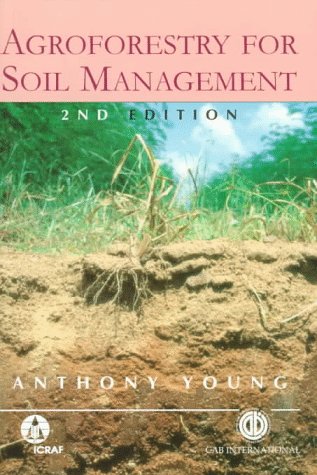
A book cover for Agroforestry for Soil Management (Cabi); Anthony Young; Crafts, Hobbies & Home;